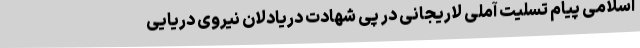
اسلامی پیام تسلیت آملی لاریجانی در پی شهادت دریادلان نیروی دریایی